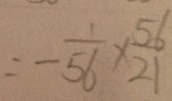
= - \frac { 1 } { 5 6 } \times \frac { 5 6 } { 2 1 }